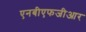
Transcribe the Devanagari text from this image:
एनबीएफजीआर